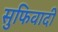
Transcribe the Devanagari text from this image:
सुफिवादी